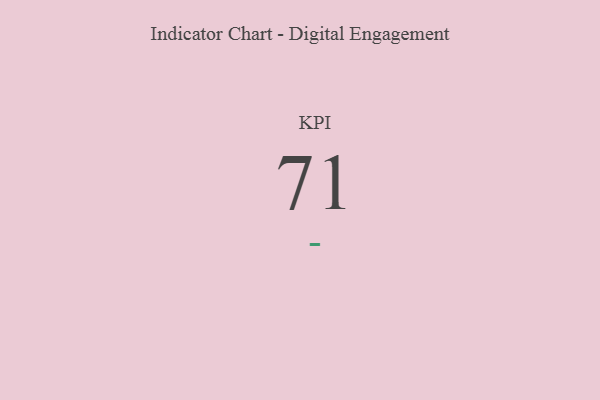
{"axis": {"x": "KPI", "y": "Value"}, "legend": [""], "data": [{"x": "KPI", "y": 71, "type": ""}]}